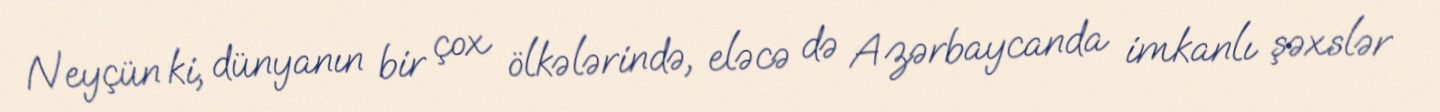
Neyçün ki, dünyanın bir çox ölkələrində, eləcə də Azərbaycanda imkanlı şəxslər